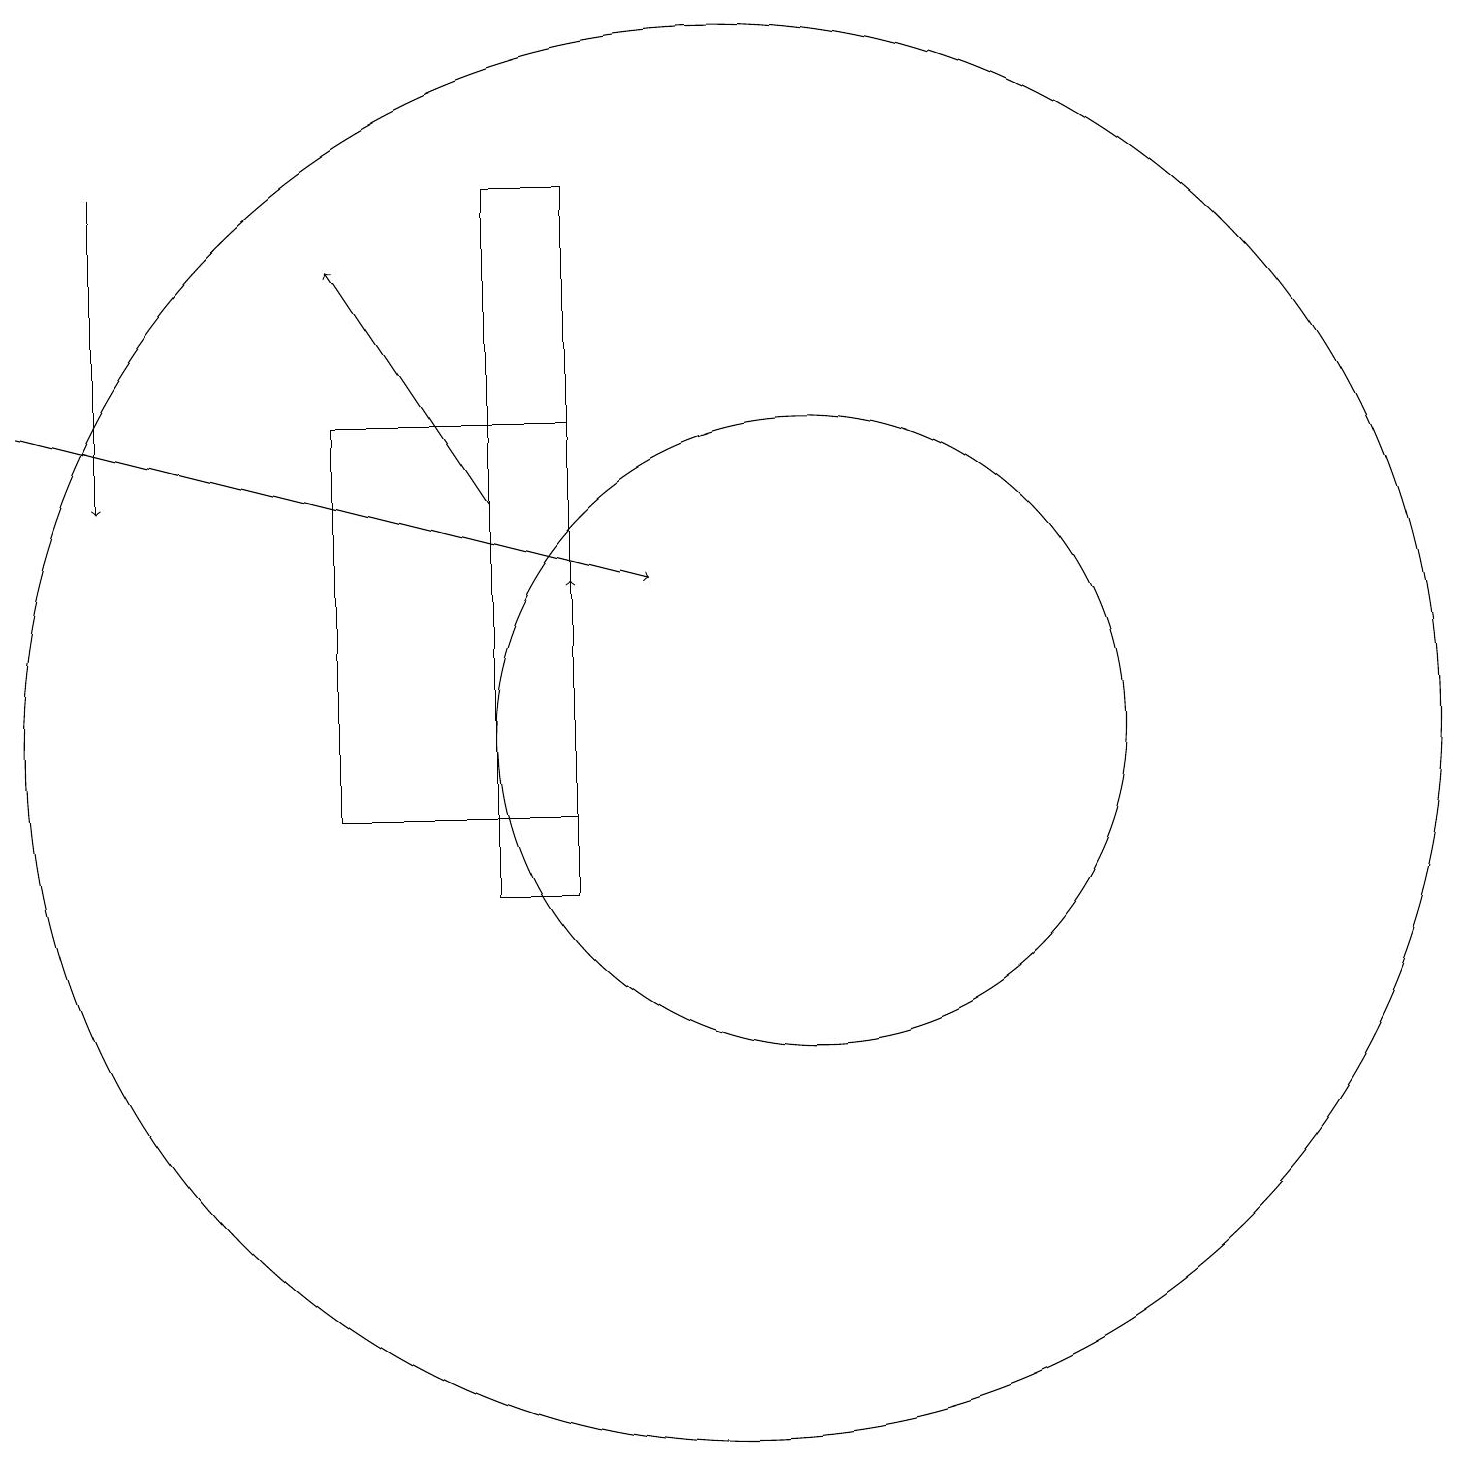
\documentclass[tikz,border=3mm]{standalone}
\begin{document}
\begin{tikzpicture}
\draw[->] (1,16) -- (9,14);
\draw[->] (7,15) -- (5,18);
\draw (11,12) circle (4);
\draw (10,12) circle (9);
\draw[->] (2,19) -- (2,15);
\draw (7,19) rectangle (8,10);
\draw (8,16) rectangle (5,11);
\draw[->] (8,12) -- (8,14);
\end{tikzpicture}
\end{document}